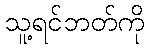
သူ့ရင်ဘတ်ကို